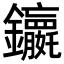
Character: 𮣭